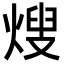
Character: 𭵕